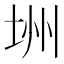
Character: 𪣏